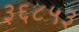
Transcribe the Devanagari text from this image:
३६८५३